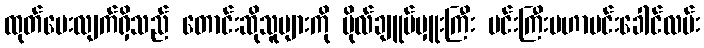
ထုတ်ပေးလျက်ရှိသည် တောင်းဆိုသူများကို ဗိုလ်ချူပ်မှူးကြီး မင်းကြီးမဟာမင်းခေါင်လမ်း